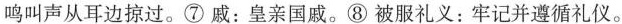
鸣叫声从耳边掠过。⑦戚：皇亲国戚。⑧被服礼义：牢记并遵循礼仪。